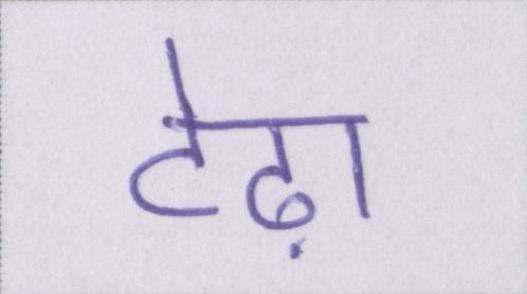
टेढ़ा